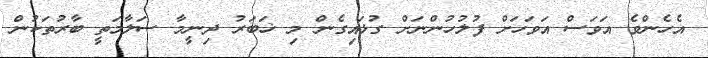
އެހެންވެ އަވަސް އަވަހަށް ފުލުހުންނަށް ގުޅައިގެން މި ޚަބަރު ދިނީމާ ސަލާމަތީ ބާރުތަކުން